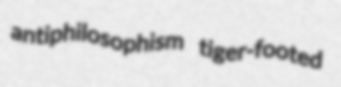
antiphilosophism tiger-footed